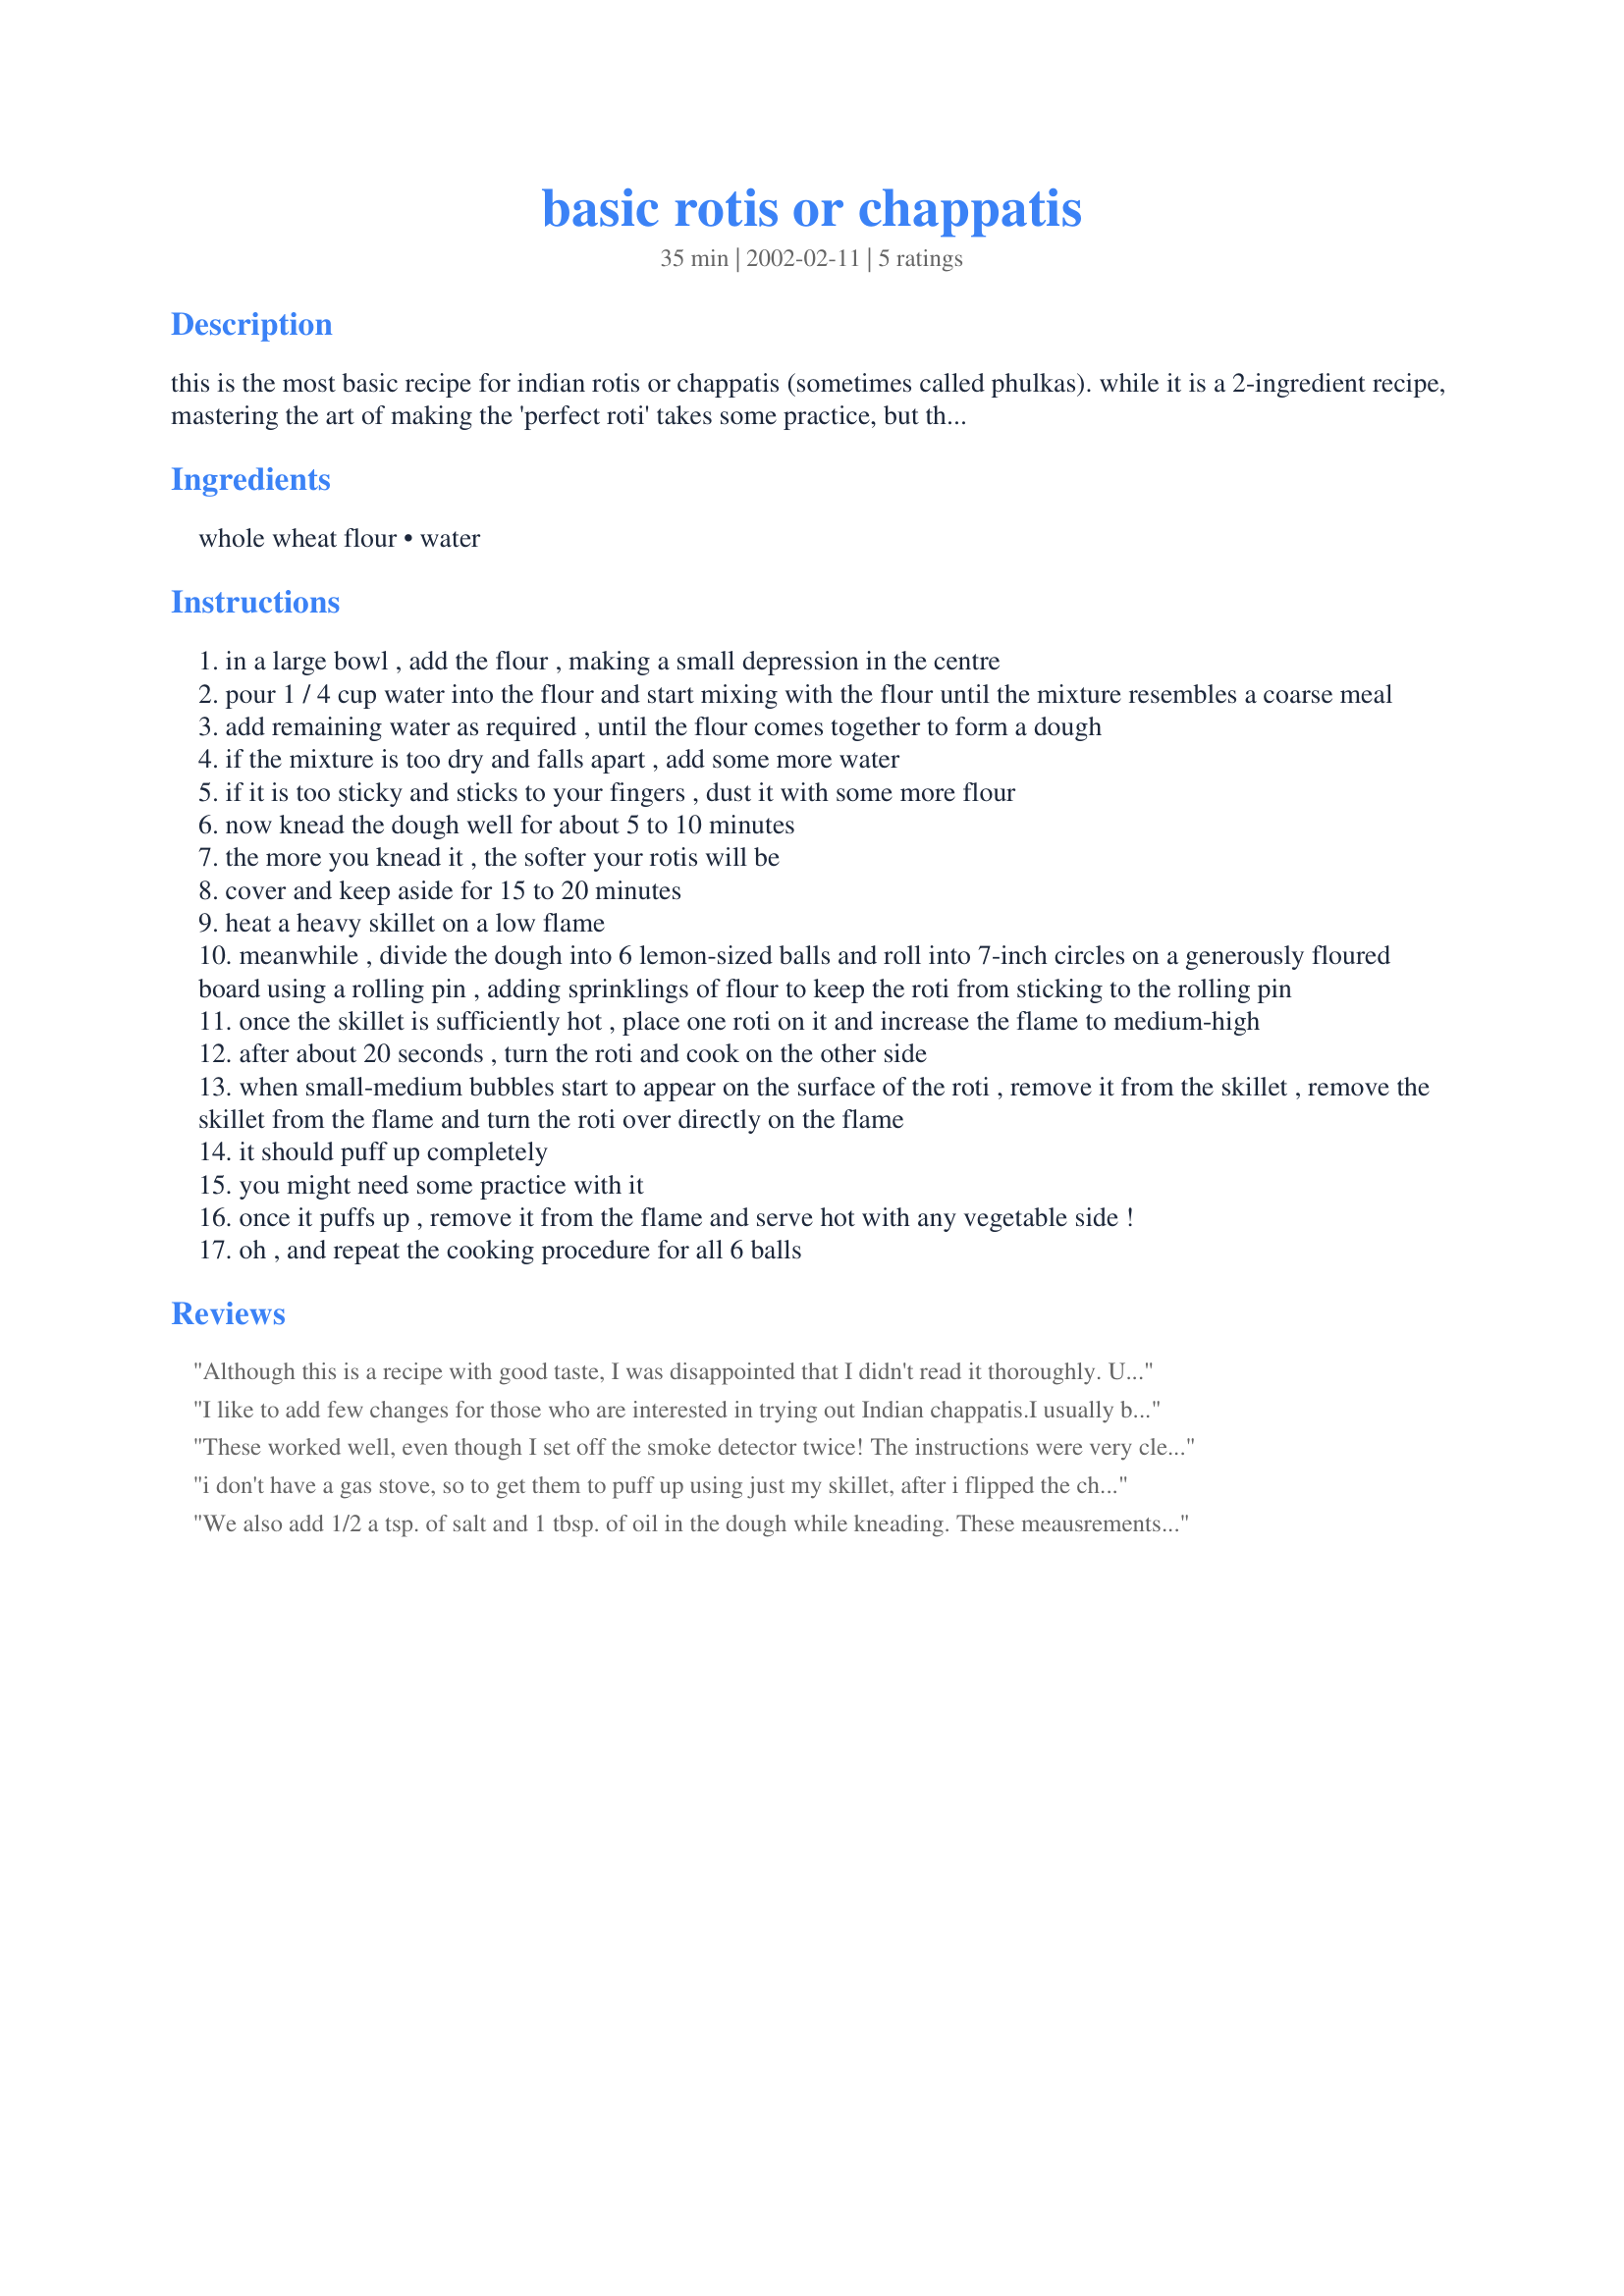
basic rotis or chappatis
Preparation time: 35 minutes

this is the most basic recipe for indian rotis or chappatis (sometimes called phulkas). while it is a 2-ingredient recipe, mastering the art of making the 'perfect roti' takes some practice, but the results are well worth your while! rotis are so versatile that they can used as 'bread'... use them with just about anything! for the uninitiated, they are sort of like mexican fat-free tortillas! (prep. time includes resting time for the dough)

Ingredients:
whole wheat flour, water

Steps:
in a large bowl , add the flour , making a small depression in the centre
pour 1 / 4 cup water into the flour and start mixing with the flour until the mixture resembles a coarse meal
add remaining water as required , until the flour comes together to form a dough
if the mixture is too dry and falls apart , add some more water
if it is too sticky and sticks to your fingers , dust it with some more flour
now knead the dough well for about 5 to 10 minutes
the more you knead it , the softer your rotis will be
cover and keep aside for 15 to 20 minutes
heat a heavy skillet on a low flame
meanwhile , divide the dough into 6 lemon-sized balls and roll into 7-inch circles on a generously floured board using a rolling pin , adding sprinklings of flour to keep the roti from sticking to the rolling pin
once the skillet is sufficiently hot , place one roti on it and increase the flame to medium-high
after about 20 seconds , turn the roti and cook on the other side
when small-medium bubbles start to appear on the surface of the roti , remove it from the skillet , remove the skillet from the flame and turn the roti over directly on the flame
it should puff up completely
you might need some practice with it
once it puffs up , remove it from the flame and serve hot with any vegetable side !
oh , and repeat the cooking procedure for all 6 balls

Reviews:
Although this is a recipe with good taste, I was disappointed that I didn't read it thoroughly. Unfortunately, I do not have a gas stove and my results were less than good. Oh, well, I am really glad I tried it. I got no puffing and I guess it turned out to be more like a tortilla. Good taste though. Update 2/19: I decided not having a gas stove wasn't going to keep me from enjoying this recipe. I added the salt and oil, made them smaller and cranked the heat to high. IT took around 2 minutes or so per side. SUCCESS!!! And it was worth the extra effort. Yum! Added stars to reflect my second attempt. I will definitely make these again, wondering if herbs could be added.
I like to add few changes for those who are interested in trying out Indian chappatis.<br/><br/>I usually buy the 'whole' wheat flour from Indian grocery stores. Obviously, you need salt to taste while mixing the flour. Also, you can add (2-3 tablespoons) of (canola/vegetable/melted butter) oil along with water. You can follow the steps as given in the recipe. The dough should not be sticky or too hard. At step 8, I usually make the small rolls with little bit of oil. The skillet at first needs to be hot - the only problem with the electric stove is it takes more time to heat up. <br/>You can add just a couple of drops of oil or butter and lightly spread it on the skillet. I make my chappatis around 5 - 9 inches diameter. I use a pizza/party roller to make it even and thin (not too thin - but you can experiment). I put my chappati on the pan/skillet for a minute or two and when it is about to puff, I turn it over to other side and add just a spoon of oil/butter along the diameter and also spread it on top without breaking the puff. (If you think it is too much oil, you don't need it!). When it puffs up nicely, I turn it over again and cook it for a minute until it starts puffing. That's all! My first chappati never comes correctly because I use a non-stick pan and it is still not at the right temperature.<br/><br/>If you made it too thin, it will become too crisp - but if you like it that way its all good. I usually make it soft so I can use it with a side dish. If you leave it too long, it will be burned. There's also variations to regular chappatis, you can stuff some cooked veggies (smashed potato/cauliflower) while rolling out the chappatis. In this case, it will be thicker. If you have left over dough, you can store it in the refrigerator in a ziplock/plastic wrapper and if you want to use your refrigerated dough, you need to let it warm down to room temperature (usually takes 15-20 min). Wheat is a good option to the regular flour based-tortillas.
These worked well, even though I set off the smoke detector twice! The instructions were very clear; thank you! It was fun to knead and feel the gluten develop until the flour and water turned into a supple, stretchy dough. Rather than lift the heavy skillet off the stove, I just used two burners (I do have a gas stove), making sure to turn the second one on only for a few seconds to puff each roti, because the safety instructions that come with my stove are insistent that it is dangerous to have the flame on with nothing on top of it. If I were going to eat these plain, I'd say adding salt and oil would definitely be necessary, but for wrapping around food with salt and oil and spices in it, I kind of liked the simple whole wheat flavor.
i don't have a gas stove, so to get them to puff up using just my skillet, after i flipped the chappatis over i pressed on them lightly with an oven mitt... the didn't puff up completely, but did form some air bubbles.
We also add 1/2 a tsp. of salt and 1 tbsp. of oil in the dough while kneading. These meausrements are for the quantities of wheat flour and water you've given.
